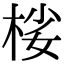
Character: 𣒹